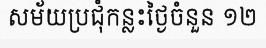
សម័យប្រជុំកន្លះថ្ងៃចំនួន ១២